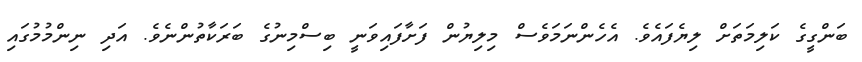
ބަންގީގެ ކަލިމަތަށް ލިޔެފައެވެ. އެހެންނަމަވެސް މިލިޔުން ފަށާފައިވަނީ ބިސްމިނުގެ ބަރަކާތުންނެވެ. އަދި ނިންމުމުގައި